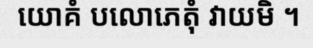
យោគំ បលោភេតុំ វាយមិ ។